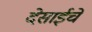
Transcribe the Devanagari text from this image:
देसाईचे